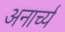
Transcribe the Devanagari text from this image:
अनार्च्य